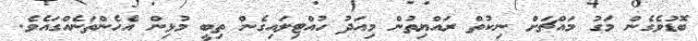
ބޮޑުވެގެން މަގު މައްޗަށް ނިކުތް ރައްޔިތުން މިއަދު ހުއްޓިލައިގެން ތިބީ މުޅިން އެހެންތަނެއްގައެވެ.